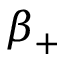
\beta _ { + }